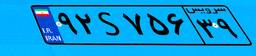
۰۹S۴۶۱۴۸